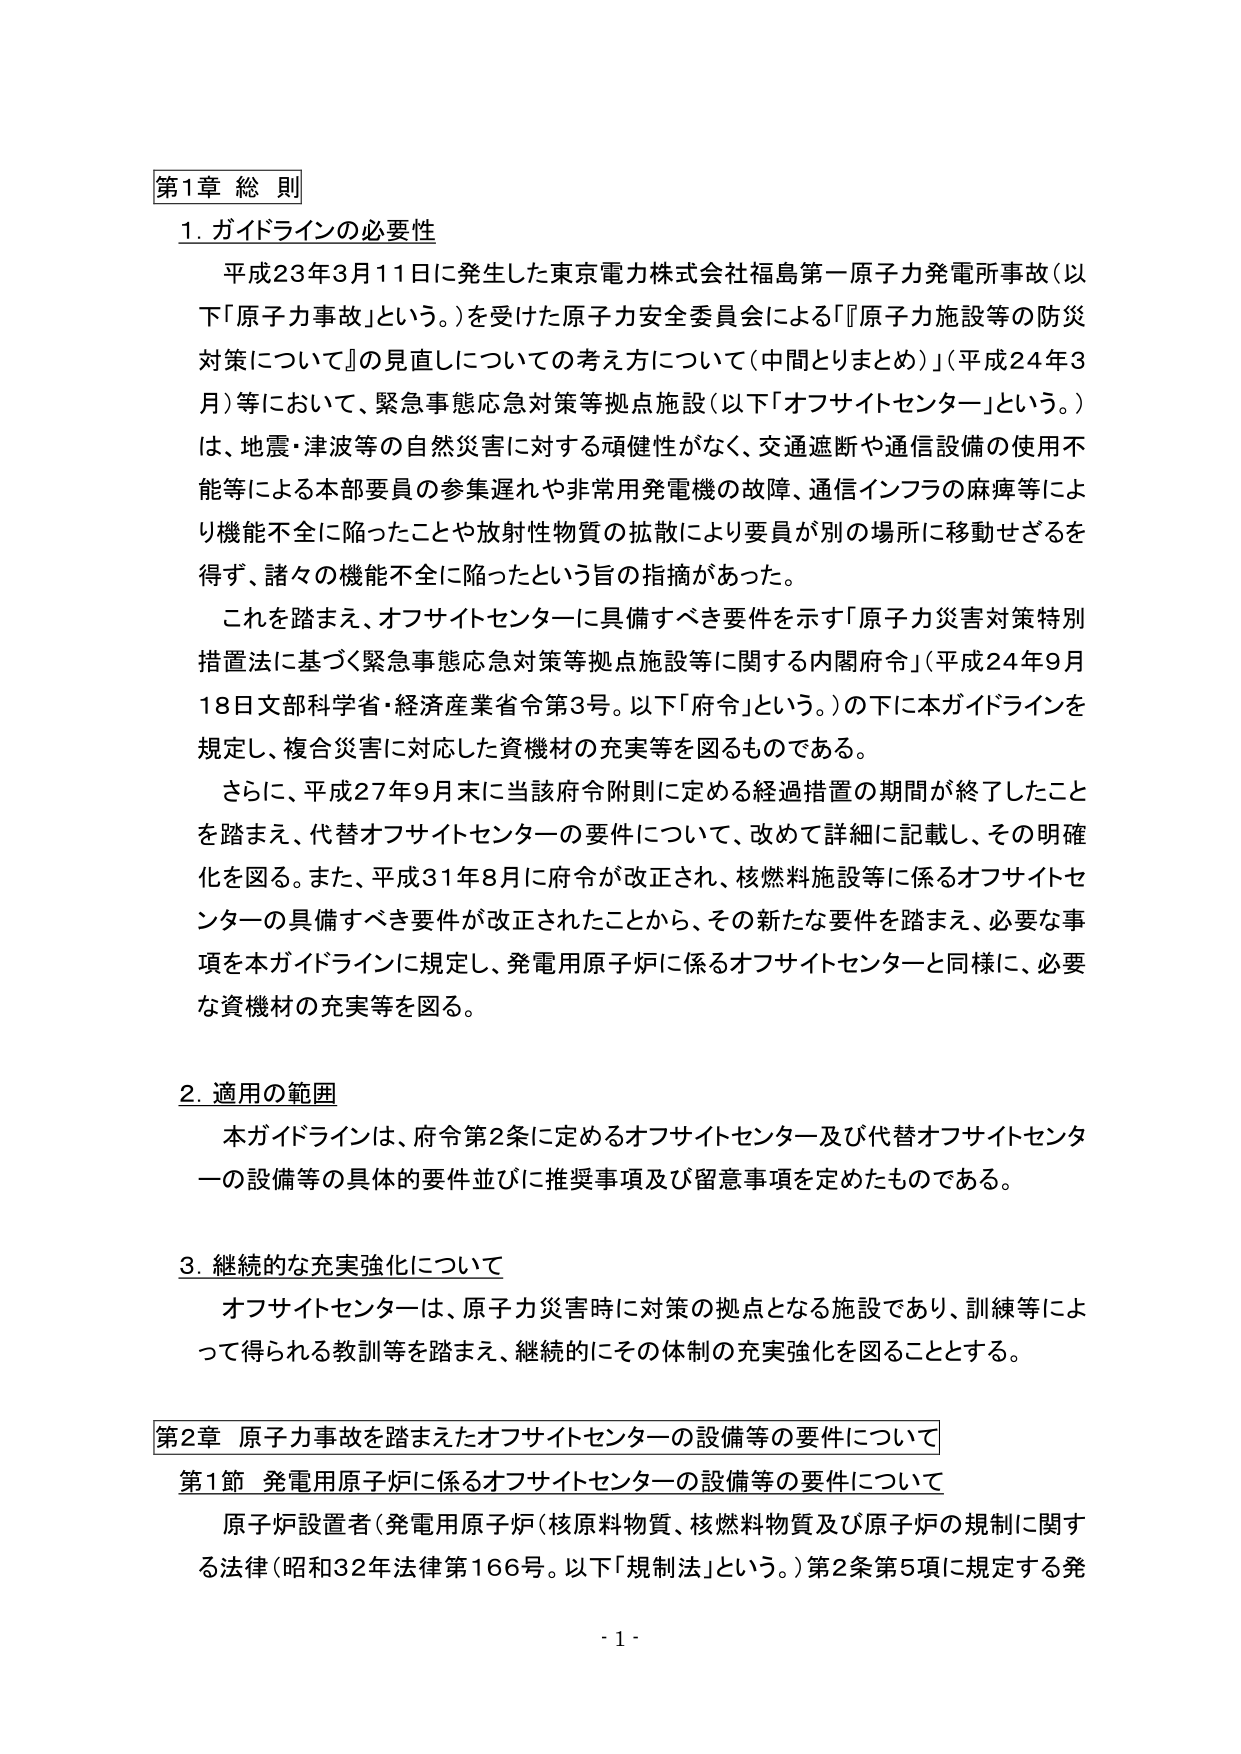
第1章 総 則

1. ガイドラインの必要性

平成23年3月11日に発生した東京電力株式会社福島第一原子力発電所事故（以下「原子力事故」という。）を受けた原子力安全委員会による『原子力施設等の防災対策について』の見直しについての考え方について（中間とりまとめ）」（平成24年3月）等において、緊急事態応急対策等拠点施設（以下「オフサイトセンター」という。）は、地震・津波等の自然災害に対する頑健性がなく、交通遮断や通信設備の使用不能等による本部要員の参集遅れや非常用発電機の故障、通信インフラの麻痺等により機能不全に陥ったことや放射性物質の拡散により要員が別の場所に移動せざるを得ず、諸々の機能不全に陥ったという旨の指摘があった。

これを踏まえ、オフサイトセンターに具備すべき要件を示す「原子力災害対策特別措置法に基づく緊急事態応急対策等拠点施設等に関する内閣府令」（平成24年9月18日文部科学省・経済産業省令第3号。以下「府令」という。）の下に本ガイドラインを規定し、複合災害に対応した資機材の充実等を図るものである。

さらに、平成27年9月末に当該府令附則に定める経過措置の期間が終了したことを踏まえ、代替オフサイトセンターの要件について、改めて詳細に記載し、その明確化を図る。また、平成31年8月に府令が改正され、核燃料施設等に係るオフサイトセンターの具備すべき要件が改正されたことから、その新たな要件を踏まえ、必要な事項を本ガイドラインに規定し、発電用原子炉に係るオフサイトセンターと同様に、必要な資機材の充実等を図る。

2. 適用の範囲

本ガイドラインは、府令第2条に定めるオフサイトセンター及び代替オフサイトセンターの設備等の具体的要件並びに推奨事項及び留意事項を定めたものである。

3. 継続的な充実強化について

オフサイトセンターは、原子力災害時に対策の拠点となる施設であり、訓練等によって得られる教訓等を踏まえ、継続的にその体制の充実強化を図ることとする。

第2章 原子力事故を踏まえたオフサイトセンターの設備等の要件について

第1節 発電用原子炉に係るオフサイトセンターの設備等の要件について

原子炉設置者（発電用原子炉（核原料物質、核燃料物質及び原子炉の規制に関する法律（昭和32年法律第166号。以下「規制法」という。）第2条第5項に規定する発

- 1 -